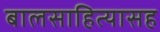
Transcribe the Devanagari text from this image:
बालसाहित्यासह